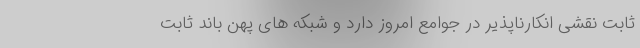
ثابت نقشی انکارناپذیر در جوامع امروز دارد و شبکه های پهن باند ثابت